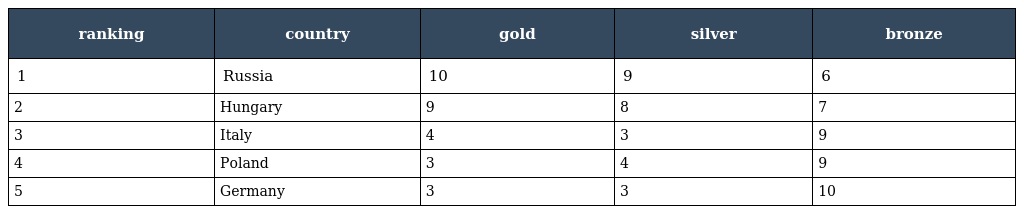
| ranking | country | gold | silver | bronze |
 | --- | --- | --- | --- | --- |
 | 1 | Russia | 10 | 9 | 6 |
 | 2 | Hungary | 9 | 8 | 7 |
 | 3 | Italy | 4 | 3 | 9 |
 | 4 | Poland | 3 | 4 | 9 |
 | 5 | Germany | 3 | 3 | 10 |